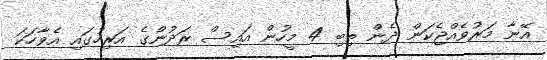
އޭނާ މަރުވެއްޖެކަން ދެން ތިބި 4 މީހުން އައިސް ރަދުންގެ އަރިހުގައި އެވާހަކަ